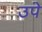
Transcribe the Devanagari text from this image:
उपे